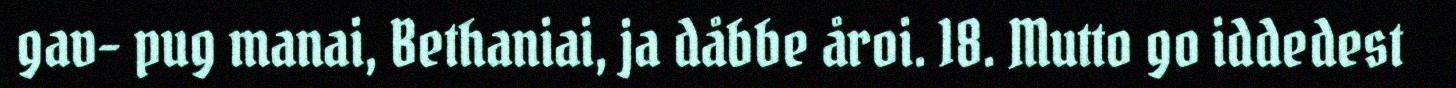
gav- pug manai, Bethaniai, ja dåbbe åroi. 18. Mutto go iddedest